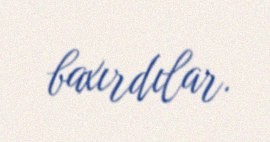
baxırdılar.